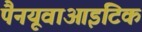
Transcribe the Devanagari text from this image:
पैनयूवाआइटिक